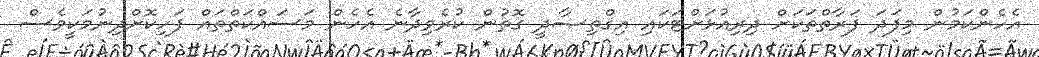
އެހެންކަމުން މިފަދަ ފަރާތްތަކަށް ދިރިއުޅަށްޓަކައި އިޤްތިޞާދީ ގޮތުން ކުރެވިދާނެ އެހެން މަސައްކަތްތައް ފަހިކޮށްދިނުމަކީވެސް